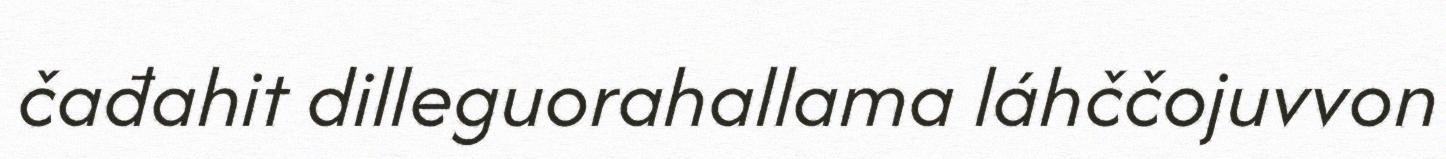
čađahit dilleguorahallama láhččojuvvon